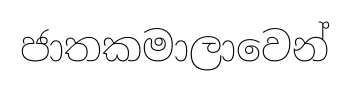
ජාතකමාලාවෙන්